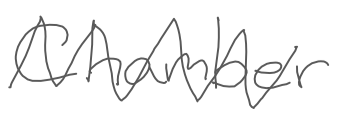
Text: Chamber
Cross-out: zig-zag
Writing tool: digital_gray